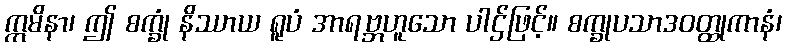
ဣမိနာ၊ ဤ စက္ခုံ နိဿာယ ရူပံ အာရဗ္ဘဟူသော ပါဌ်ဖြင့်။ စက္ခုပသာဒဝတ္ထုကာနံ၊